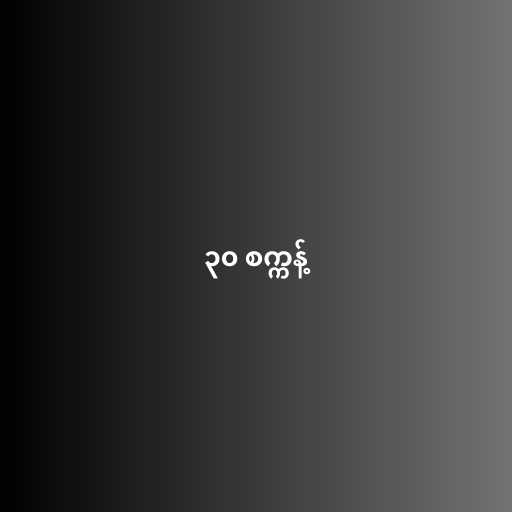
၃၀ စက္ကန့်